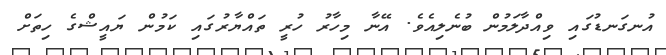
އުނގަނޑުގައި ވިއްދާލަމުން ބުނެލިއެވެ. އޭނާ މިހާރު ހުރީ ތައްޔާރުގައި ކަމުން ޔައީޝްގެ ހިތަށް